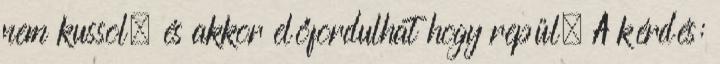
nem kussol, és akkor előfordulhat hogy repül. A kérdés: